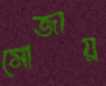
মোজায়